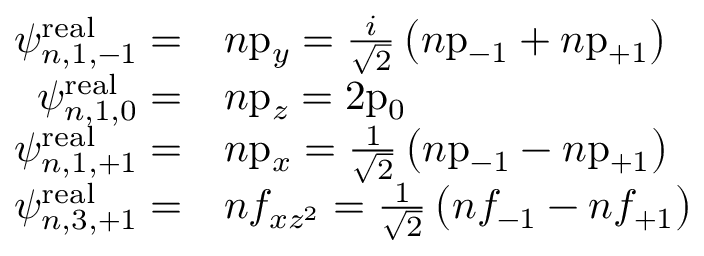
{ \begin{array} { r l } { \psi _ { n , 1 , - 1 } ^ { \mathrm { r e a l } } = } & { n { \mathrm { p } } _ { y } = { \frac { i } { \sqrt { 2 } } } \left( n { \mathrm { p } } _ { - 1 } + n { \mathrm { p } } _ { + 1 } \right) } \\ { \psi _ { n , 1 , 0 } ^ { \mathrm { r e a l } } = } & { n { \mathrm { p } } _ { z } = 2 { \mathrm { p } } _ { 0 } } \\ { \psi _ { n , 1 , + 1 } ^ { \mathrm { r e a l } } = } & { n { \mathrm { p } } _ { x } = { \frac { 1 } { \sqrt { 2 } } } \left( n { \mathrm { p } } _ { - 1 } - n { \mathrm { p } } _ { + 1 } \right) } \\ { \psi _ { n , 3 , + 1 } ^ { \mathrm { r e a l } } = } & { n f _ { x z ^ { 2 } } = { \frac { 1 } { \sqrt { 2 } } } \left( n f _ { - 1 } - n f _ { + 1 } \right) } \end{array} }